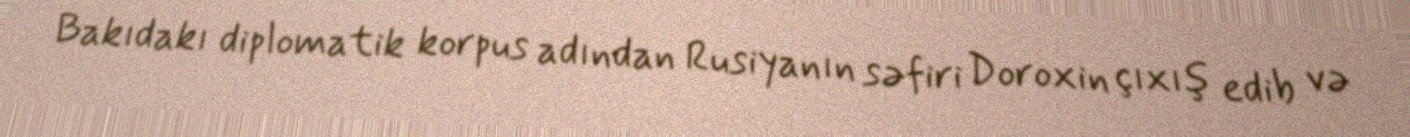
Bakıdakı diplomatik korpus adından Rusiyanın səfiri Doroxin çıxış edib və